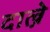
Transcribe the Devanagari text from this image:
दाल्ने